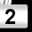
Digit: 2